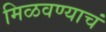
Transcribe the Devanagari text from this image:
मिळवण्याचं